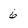
Character: 6